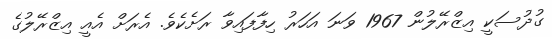
ގުދުސަކީ އިޒްރޭލުން 1967 ވަނަ އަހަރު ހިފާފައިވާ ރަށެކެވެ. އެރަށް އެއީ އިޒްރޭލުގެ